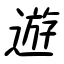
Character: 遊